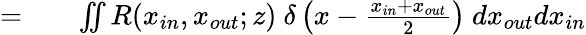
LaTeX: \begin{array}{rlr}{=}&{{}}&{\iint{R(x_{in},x_{out};z)~\delta\left(x-\frac{x_{in}+x_{out}}{2}\right)~dx_{out}dx_{in}}}\end{array}